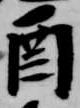
酉